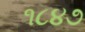
૧૮૪૭